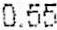
0.55